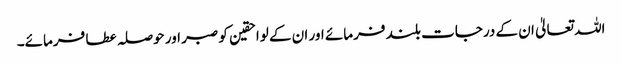
اللہ تعالیٰ ان کے درجات بلند فرمائے اور ان کے لواحقین کو صبر اور حوصلہ عطا فرمائے۔